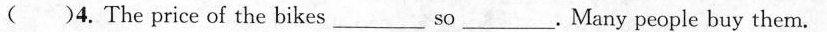
( )4. The price of the bikes___so___. Many people buy them.